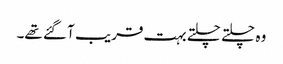
وہ چلتے چلتے بہت قریب آ گئے تھے۔